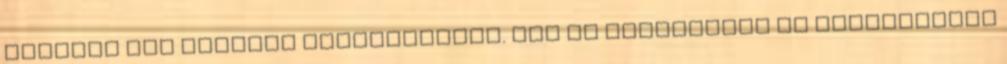
hianyok sem azonnal jelentkeznek. Aki ma szakmabeli es orvoshianyt